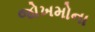
જોખમોના